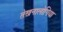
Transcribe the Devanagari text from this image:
तेख़नालोगिया